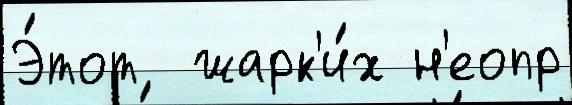
Э́тот  жарк'и́х н'еопр